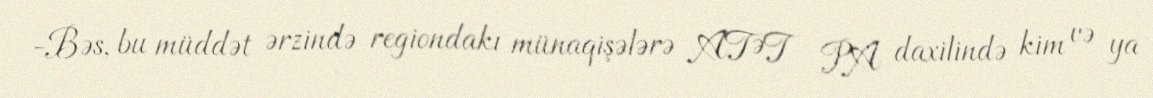
-Bəs, bu müddət ərzində regiondakı münaqişələrə ATƏT PA daxilində kim və ya